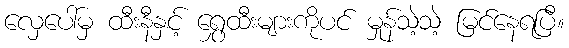
လှေပေါ်မှ ထီးနီနှင့် ရွှေထီးများကိုပင် မှုန်သဲ့သဲ့ မြင်နေရပြီ။